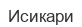
Исикари